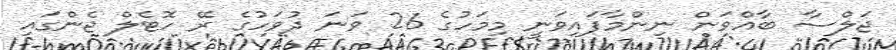
ޖަލްސާ ބާއްވަން ނިންމާފައިވަނީ މިމަހުގެ 26 ވަނަ ދުވަހުގެ ރޭ ހޮޓެލް ޖެންގައި